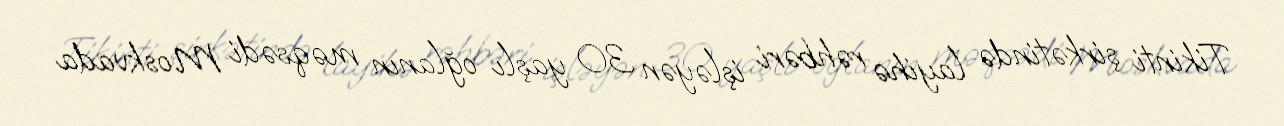
Tikinti şirkətində layihə rəhbəri işləyən 30 yaşlı oğlanın məqsədi Moskvada